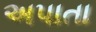
અપાતા